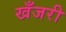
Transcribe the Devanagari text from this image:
खँजरी